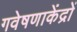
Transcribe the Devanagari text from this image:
गवेषणाकेंद्रों